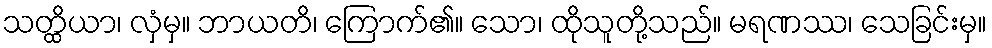
သတ္ထိယာ၊ လှံမှ။ ဘာယတိ၊ ကြောက်၏။ သော၊ ထိုသူတို့သည်။ မရဏဿ၊ သေခြင်းမှ။